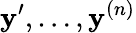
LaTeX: \mathbf{y}^{\prime},\ldots,\mathbf{y}^{(n)}